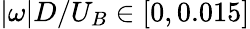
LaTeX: |\omega|D/U_{B}\in[0,0.015]